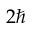
2 \hbar